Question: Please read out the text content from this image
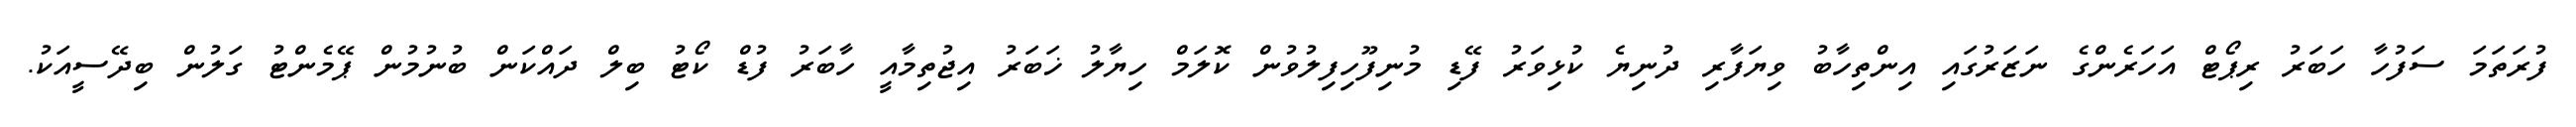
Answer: ފުރަތަމަ ސަފުހާ ހަބަރު ރިޕޯޓް އަހަރެންގެ ނަޒަރުގައި އިންތިހާބު ވިޔަފާރި ދުނިޔެ ކުޅިވަރު ފޭޑި މުނިފޫހިފިލުވުން ކޮލަމް ހިޔާލު ޚަބަރު އިޖުތިމާއީ ހާބަރު ފުޑް ކޯޓު ބިލް ދައްކަން ބުނުމުން ޕޭމެންޓު ގަލުން ބިދޭސީއަކު.